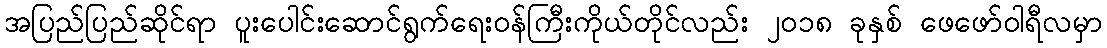
အပြည်ပြည်ဆိုင်ရာ ပူးပေါင်းဆောင်ရွက်ရေးဝန်ကြီးကိုယ်တိုင်လည်း ၂ဝ၁၈ ခုနှစ် ဖေဖော်ဝါရီလမှာ